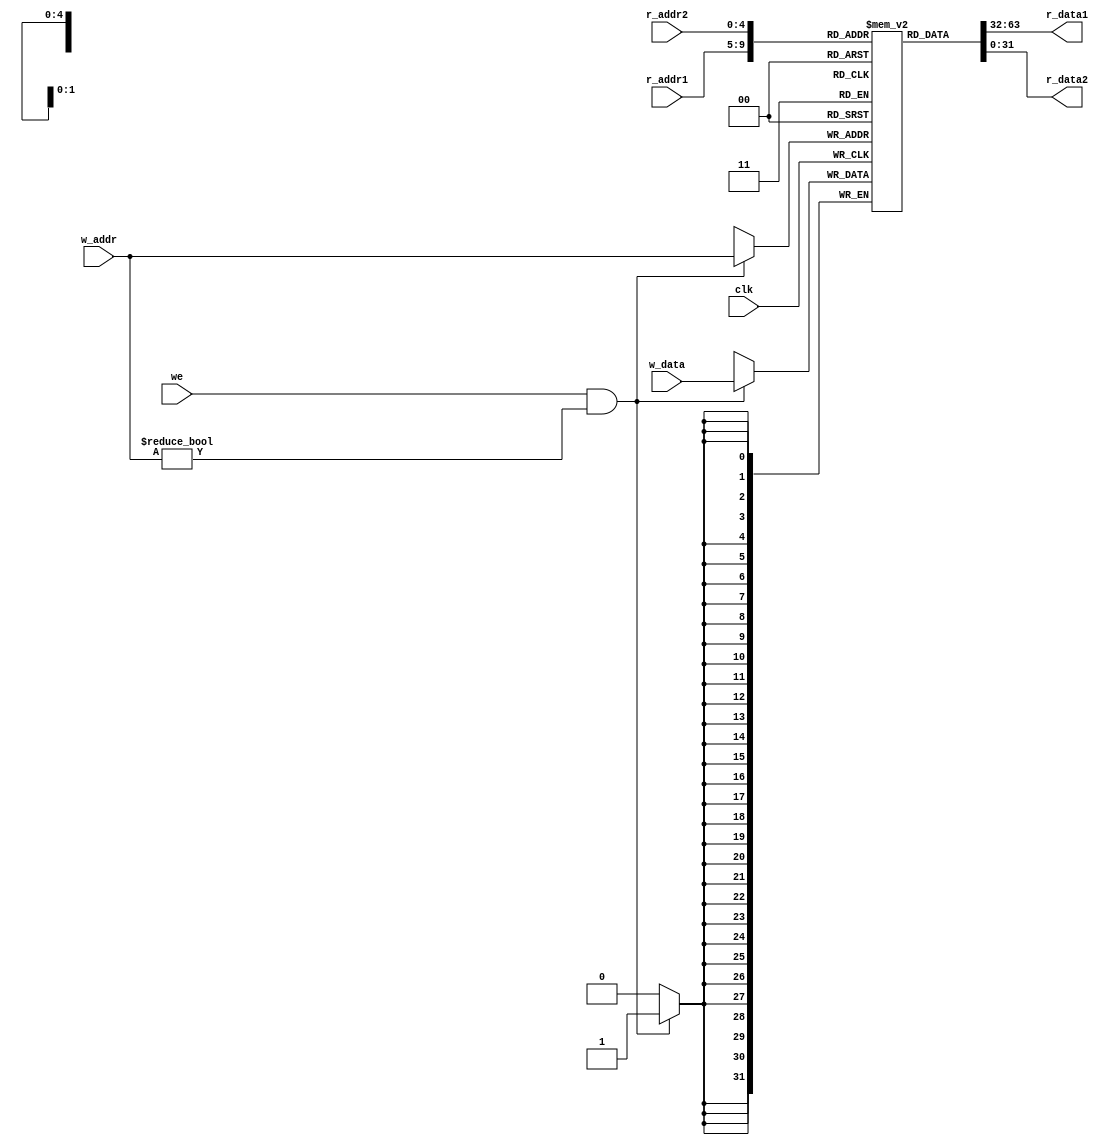
module regi(
clk,
we,
r_addr1,
r_addr2,
r_data1,
r_data2,
w_addr,
w_data);
   input clk, we;
   input [4:0] r_addr1, r_addr2, w_addr;//5bit 
   input [31:0] w_data;
   output [31:0] r_data1, r_data2;//31bit 
   //reg [4:0] 	 addr_reg1, addr_reg2;
   reg [31:0] 	 mem [0:31];
   always @(posedge clk) begin
      if(we && w_addr != 0) mem[w_addr] <= w_data;//
   //   addr_reg1 <= r_addr1;
   //   addr_reg2 <= r_addr2;
  end
   initial mem[0] <= 0;
   assign r_data1 = mem[r_addr1/*addr_reg1*/];
   assign r_data2 = mem[r_addr2/*addr_reg2*/];

   endmodule